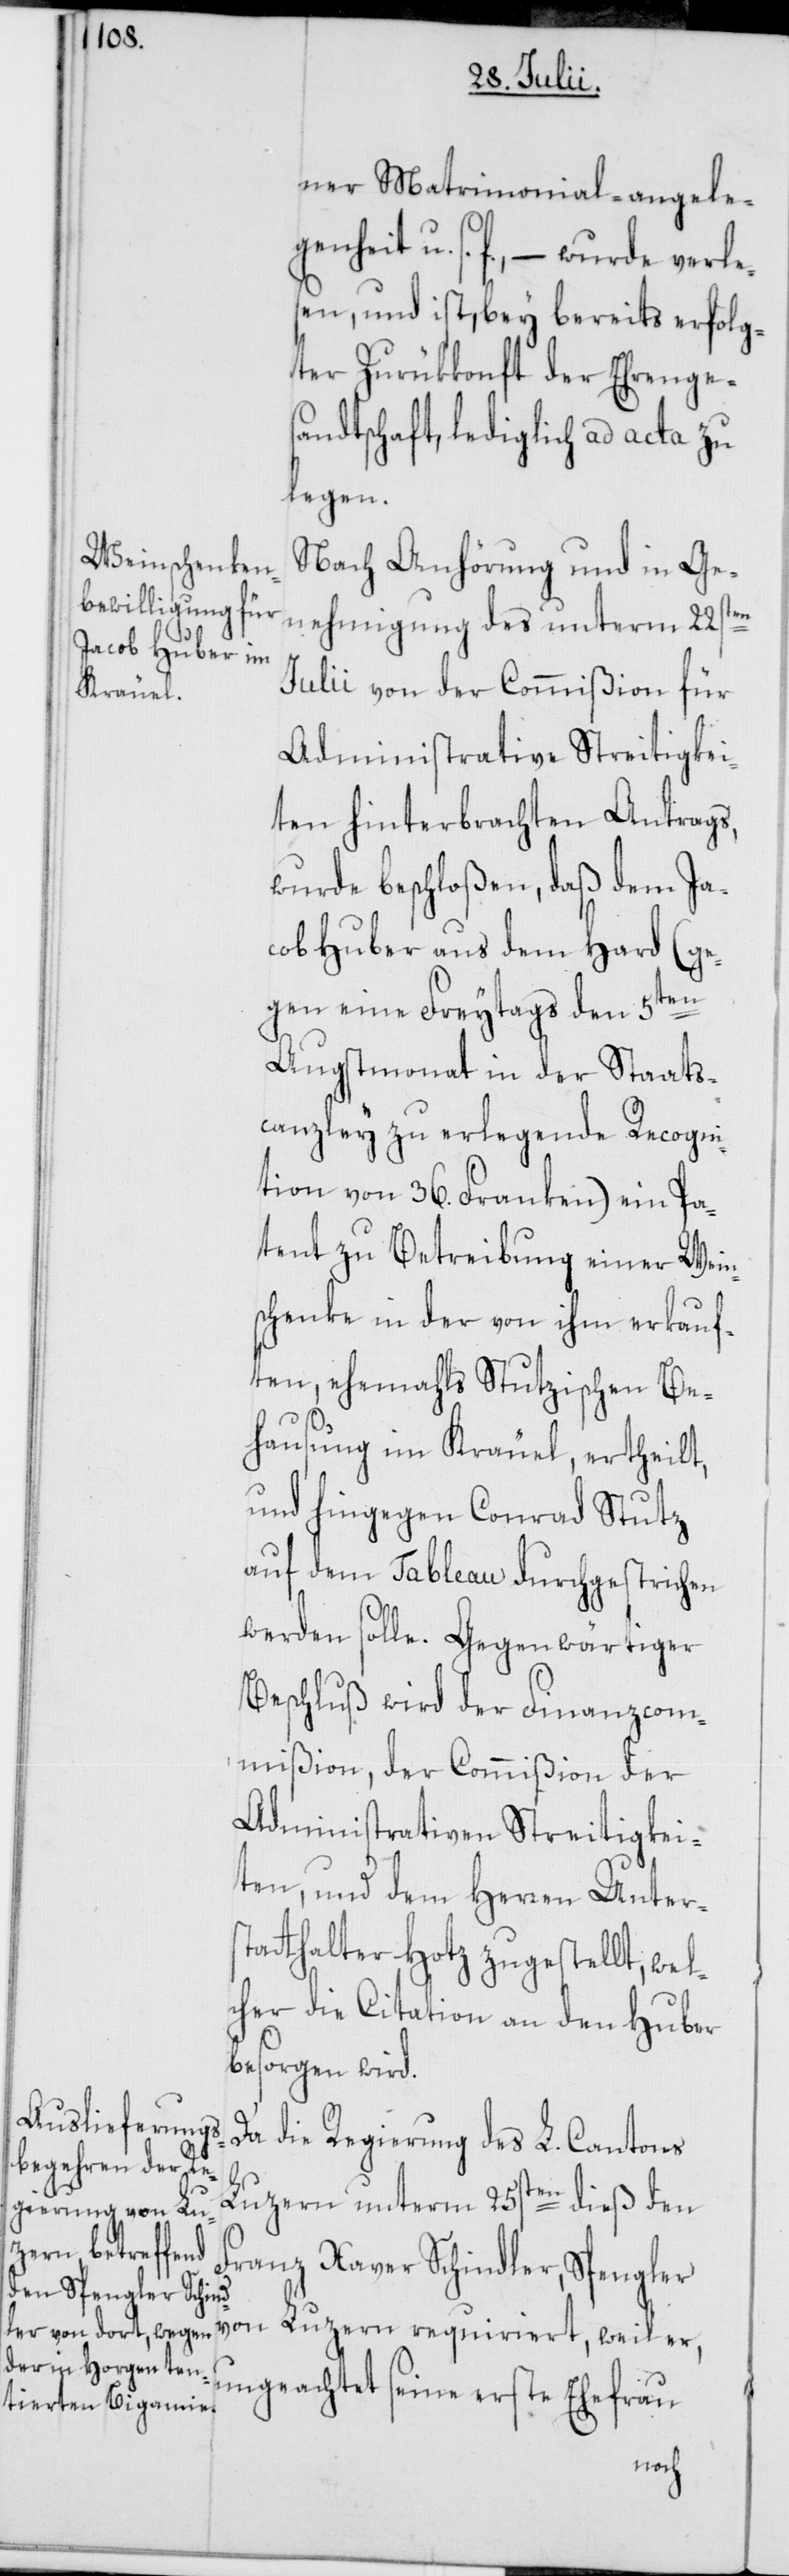
ner Matrimonial-angele¬
genheit u. s. f. – wurde verles¬
en, und ist, bey bereits erfolg¬
ter Zurükkonft der Ehrenges¬
andtschaft, ledglich ad acta zu
legen.
Nach Anhörung und in Ge¬
nehmigung des unterm 22sten
Julii von der Commißion für
Administrative Streitigkei¬
ten hinterbrachten Antrags,
wurde beschloßen, daß dem Ja¬
cob Huber aus dem Hard (ge¬
gen eine Freytags den 5ten
Augstmonat in der Staats¬
canzley zu erlegende Recogni¬
tion von 36. Franken) ein Pa¬
tent zu Betreibung einer Wein¬
schenke in der von ihm erkauf¬
ten, ehemals Stutzischen Be¬
hausung im Kräuel, ertheilt,
und hingegen Conrad Stutz
auf dem Tableau durchgestrichen
werden solle. Gegenwärtiger
Beschluß wird der Finanzcom¬
mißion, der Commißion der
Administrativen Streitigkei¬
ten, und dem Herren Unterst¬
atthalter Hotz zugestellt, wel¬
cher die Citation an den Huber
besorgen wird.
Da die Regierung des L. Cantons
Luzern unterm 25sten dieß den
Franz Xaver Schindler, Spengler
von Luzern requiriert, weil er,
ungeachtet seine erste Ehefrau